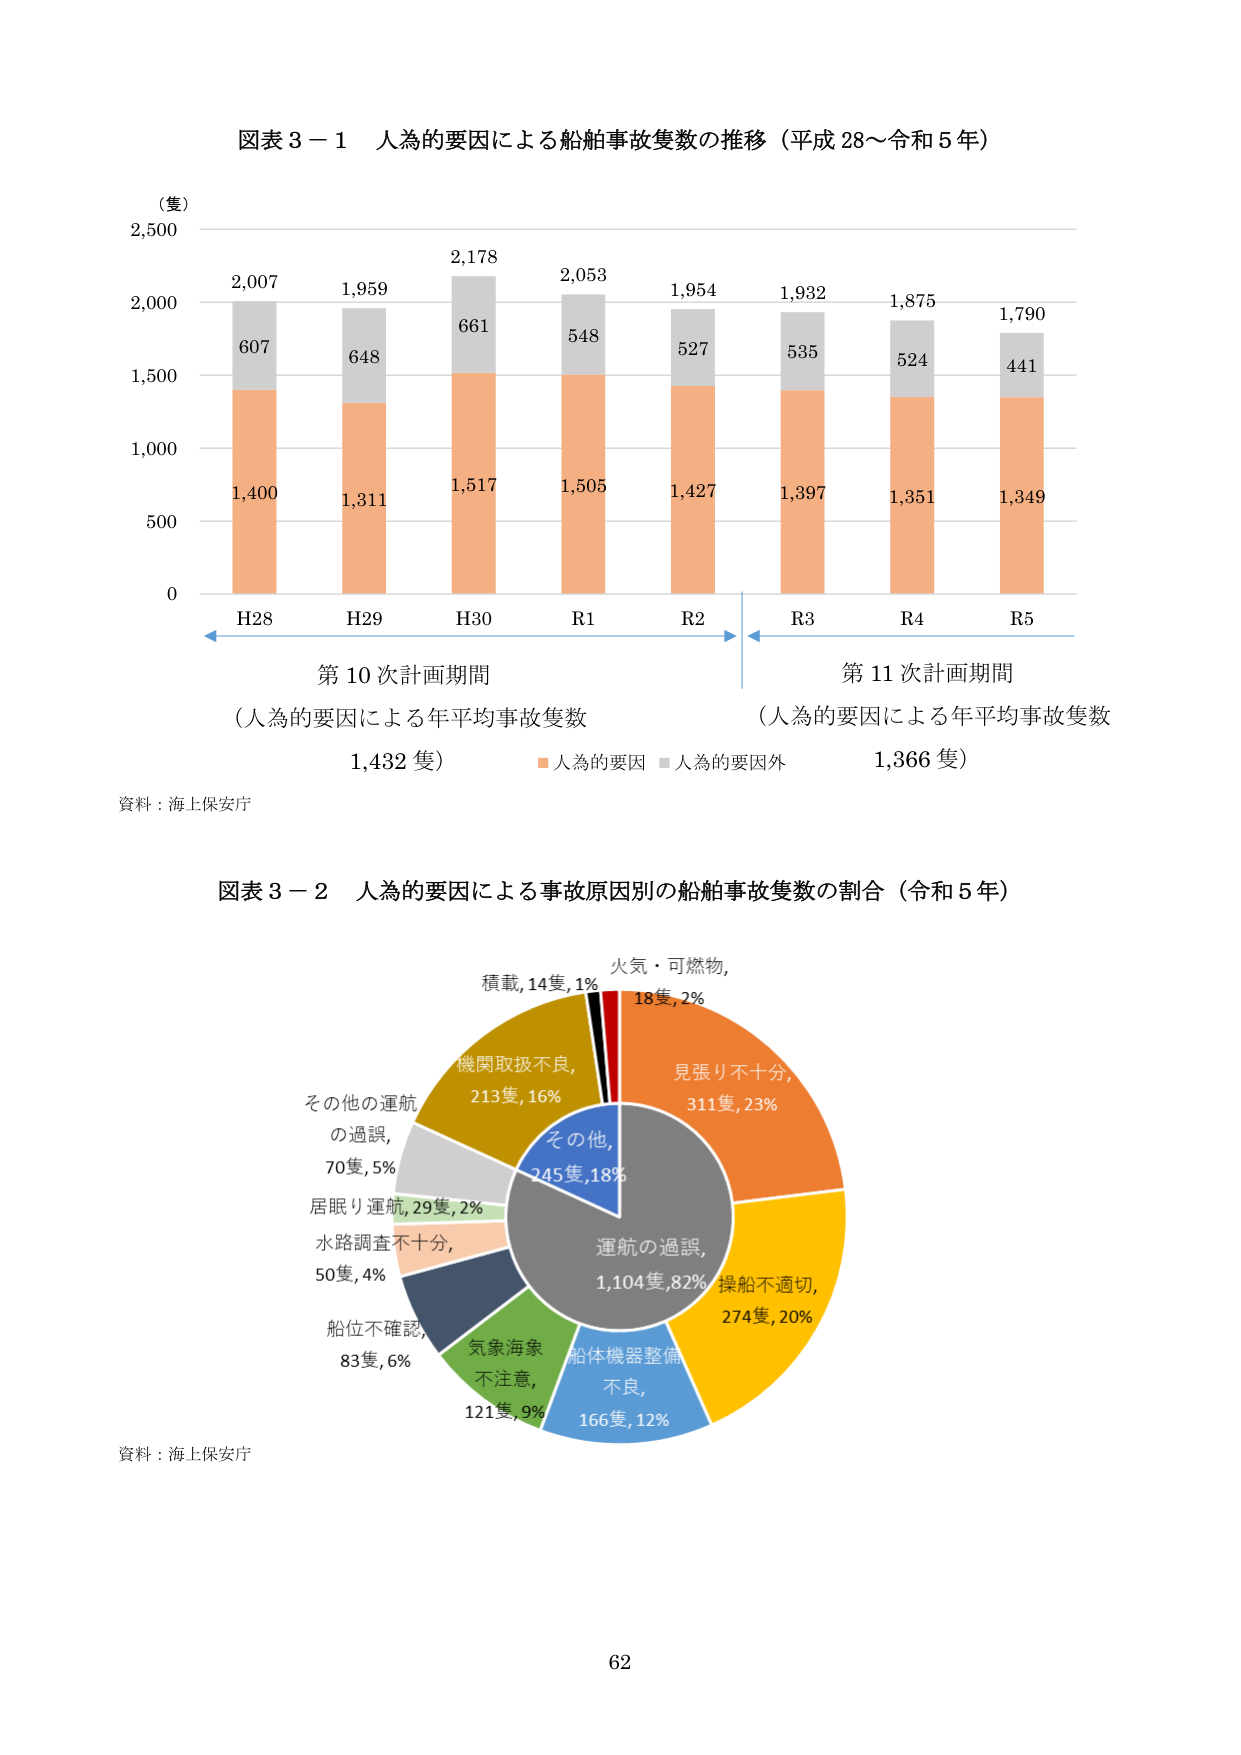
図表３－１ 人為的要因による船舶事故隻数の推移（平成28～令和５年）

（隻）
2,500
2,000
1,500
1,000
500
0

H28
2,007
607
1,400

H29
1,959
648
1,311

H30
2,178
661
1,517

R1
2,053
548
1,505

R2
1,954
527
1,427

R3
1,932
535
1,397

R4
1,875
524
1,351

R5
1,790
441
1,349

第10次計画期間
（人為的要因による年平均事故隻数
1,432隻）

■人為的要因 ■人為的要因外

第11次計画期間
（人為的要因による年平均事故隻数
1,366隻）

資料：海上保安庁

図表３－２ 人為的要因による事故原因別の船舶事故隻数の割合（令和５年）

火気・可燃物,
18隻,2%

見張り不十分,
311隻,23%

操船不適切,
274隻,20%

船体機器整備
不良,
166隻,12%

気象海象
不注意,
121隻,9%

船位不確認,
83隻,6%

水路調査不十分,
50隻,4%

居眠り運航,29隻,2%

その他の運航
の過誤,
70隻,5%

機関取扱不良,
213隻,16%

その他,
245隻,18%

運航の過誤,
1,104隻,82%

積載,14隻,1%

資料：海上保安庁

62